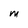
Character: M